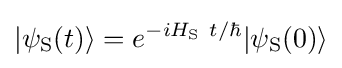
|\psi _{\rm {S}}(t)\rangle =e^{-iH_{\rm {S}}~t/\hbar }|\psi _{\rm {S}}(0)\rangle